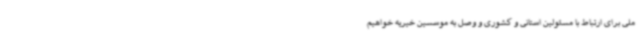
ملی برای ارتباط با مسئولین استانی و کشوری و وصل به موسسین خیریه خواهیم